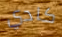
كادي